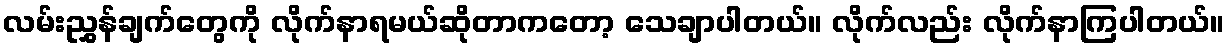
လမ်းညွှန်ချက်တွေကို လိုက်နာရမယ်ဆိုတာကတော့ သေချာပါတယ်။ လိုက်လည်း လိုက်နာကြပါတယ်။